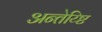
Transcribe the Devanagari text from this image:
अन्तेय्ष्टि